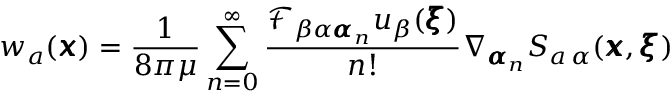
w _ { a } ( { \pmb x } ) = \frac { 1 } { 8 \pi \mu } \sum _ { n = 0 } ^ { \infty } \frac { \mathcal { F } _ { \beta \alpha { \pmb \alpha } _ { n } } u _ { \beta } ( { \pmb \xi } ) } { n ! } \nabla _ { { \pmb \alpha } _ { n } } S _ { a \, \alpha } ( { \pmb x } , { \pmb \xi } )